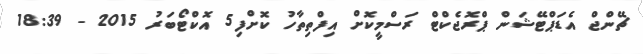
ޗޭންޖް އެޑަޕްޓޭޝަން ޕްރޮޖެކްޓް ރަސްމީކޮށް އިފްތިތާހު ކޮށްފި5 އޮކްޓޯބަރު 2015 - 18:39